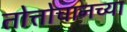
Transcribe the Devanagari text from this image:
तोत्तोचानच्या